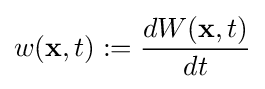
w(\mathbf {x} ,t):={\frac {dW(\mathbf {x} ,t)}{dt}}